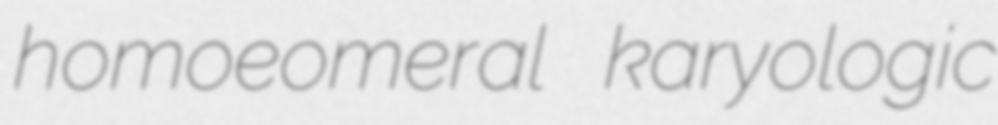
homoeomeral karyologic